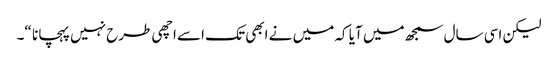
لیکن اسی سال سمجھ میں آیا کہ میں نے ابھی تک اسے اچھی طرح نہیں پہچانا “۔